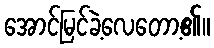
အောင်မြင်ခဲ့လေတော့၏။